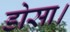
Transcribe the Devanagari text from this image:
डोसा।